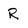
Character: R